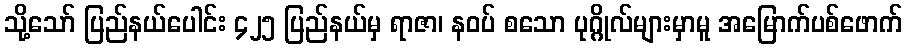
သို့သော် ပြည်နယ်ပေါင်း ၄၂၅ ပြည်နယ်မှ ရာဇာ၊ နဝပ် စသော ပုဂ္ဂိုလ်များမှာမူ အမြောက်ပစ်ဖောက်